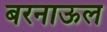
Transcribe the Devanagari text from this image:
बरनाऊल